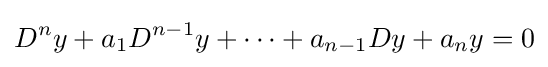
D^{n}y+a_{1}D^{n-1}y+\cdots +a_{n-1}Dy+a_{n}y=0